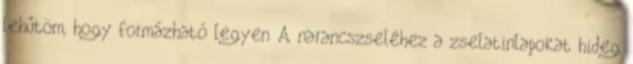
lehűtöm, hogy formázható legyen. A narancszseléhez a zselatinlapokat hideg